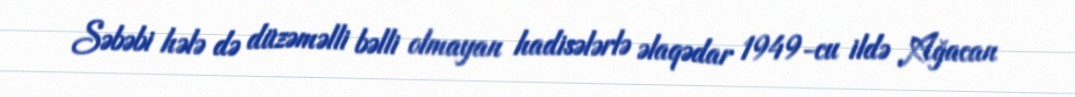
Səbəbi hələ də düzəməlli bəlli olmayan hadisələrlə əlaqədar 1949-cu ildə Ağacan